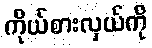
ကိုယ်စားလှယ်ကို